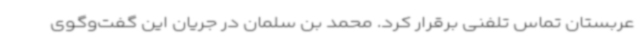
عربستان تماس تلفنی برقرار کرد. محمد بن سلمان در جریان این گفت‌وگوی